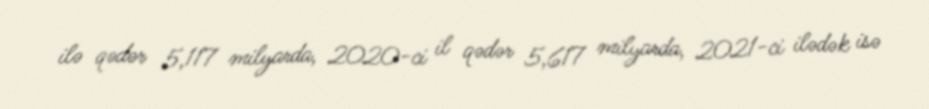
ilə qədər 5,117 milyarda, 2020-ci il qədər 5,617 milyarda, 2021-ci ilədək isə